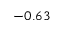
- 0 . 6 3